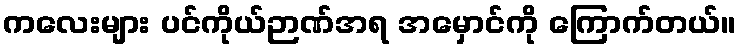
ကလေးများ ပင်ကိုယ်ဉာဏ်အရ အမှောင်ကို ကြောက်တယ်။